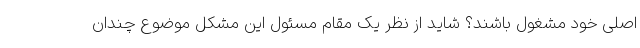
اصلی خود مشغول باشند؟ شاید از نظر یک مقام مسئول این مشکل موضوع چندان